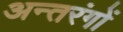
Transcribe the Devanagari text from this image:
अन्तरंगों